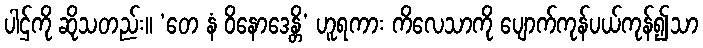
ပါဌ်ကို ဆိုသတည်း။ ‘တေ နံ ဝိနောဒေန္တိ’ ဟူရကား ကိလေသာကို ပျောက်ကုန်ပယ်ကုန်၍သာ